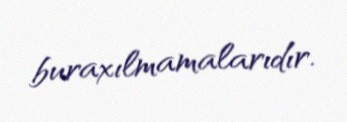
buraxılmamalarıdır.